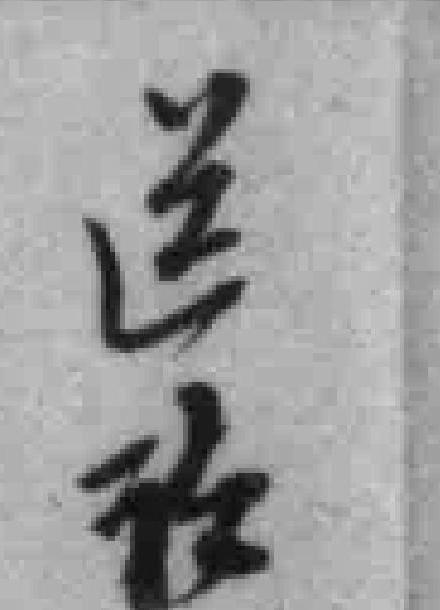
送*